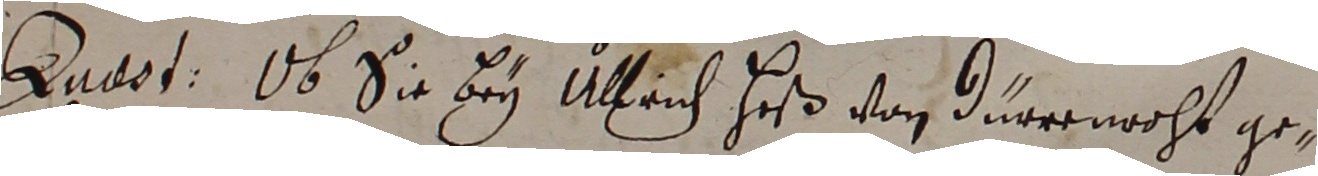
Auaot Ob sie bey Ulrich Heß von Durrrnacht ge-